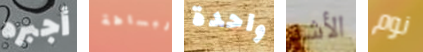
أجبره البساطة واحدة الأشد نوم